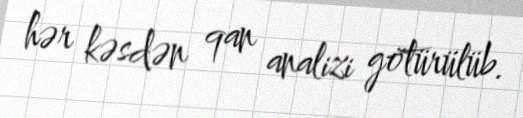
hər kəsdən qan analizi götürülüb.